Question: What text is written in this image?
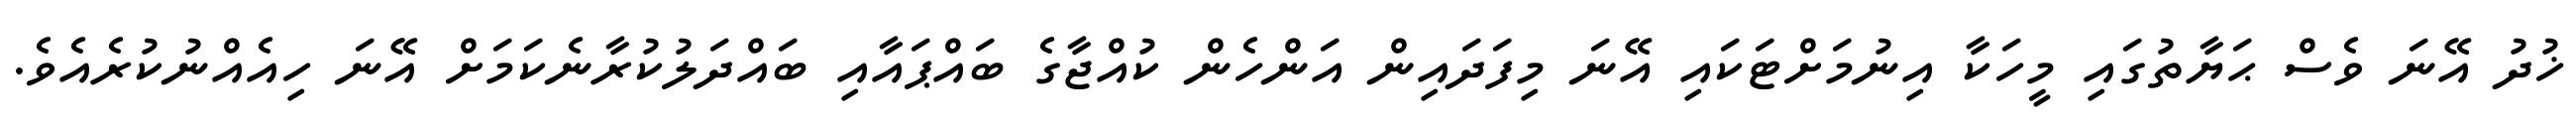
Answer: ޚުދު އޭނަ ވެސް ޙަޔާތުގައި މީހަކާ އިނުމަށްޓަކައި އޭނަ މިފަދައިން އަންހެން ކުއްޖާގެ ބައްޕައާއި ބައްދަލުކުރާނެކަމަށް އޭނަ ހިއެއްނުކުރެއެވެ.